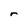
Character: r